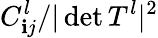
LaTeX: C_{\mathbf{i}j}^{l}/\vert\operatorname*{det}T^{l}\vert^{2}